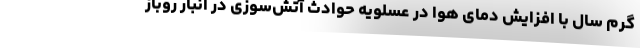
گرم سال با افزایش دمای هوا در عسلویه حوادث آتش‌سوزی در انبار روباز